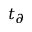
t _ { \partial }